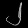
Digit: ၂